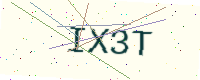
Text: IX3T